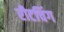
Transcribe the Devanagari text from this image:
रीटचिंग